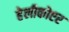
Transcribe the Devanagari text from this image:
हेलीकोप्टर